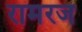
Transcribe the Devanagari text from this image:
रामरज